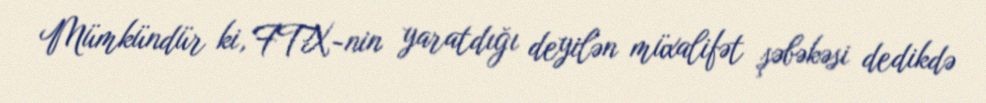
Mümkündür ki, FTX-nin yaratdığı deyilən müxalifət şəbəkəsi dedikdə